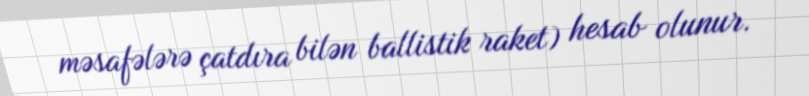
məsafələrə çatdıra bilən ballistik raket) hesab olunur.